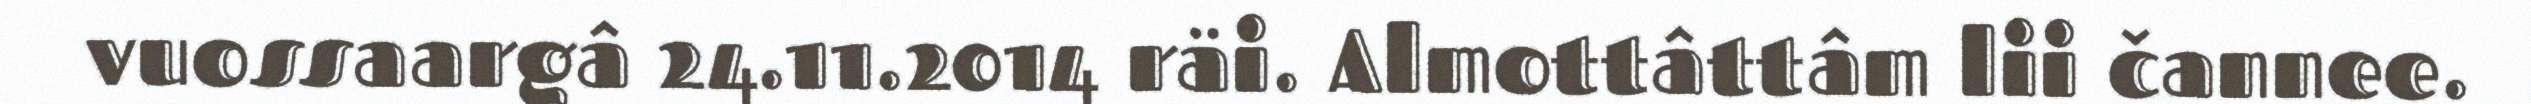
vuossaargâ 24.11.2014 räi. Almottâttâm lii čannee.